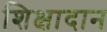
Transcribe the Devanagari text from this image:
शिक्षादान